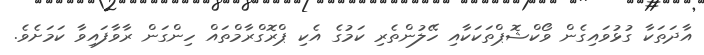
އާދަތަކާ ގުޅުވައިގެން ވޯކްޝޮޕްތަކަކާއި ހޭލުންތެރި ކަމުގެ އެކި ޕްރޮގްރާމްތައް ހިންގަން ރާވާފައިވާ ކަމަށެވެ.